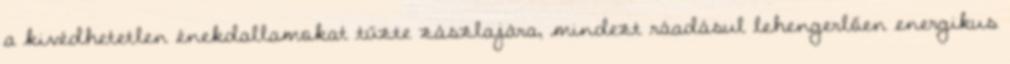
a kivédhetetlen énekdallamokat tűzte zászlajára, mindezt ráadásul lehengerlően energikus